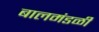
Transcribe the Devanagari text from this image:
बालमंडळी